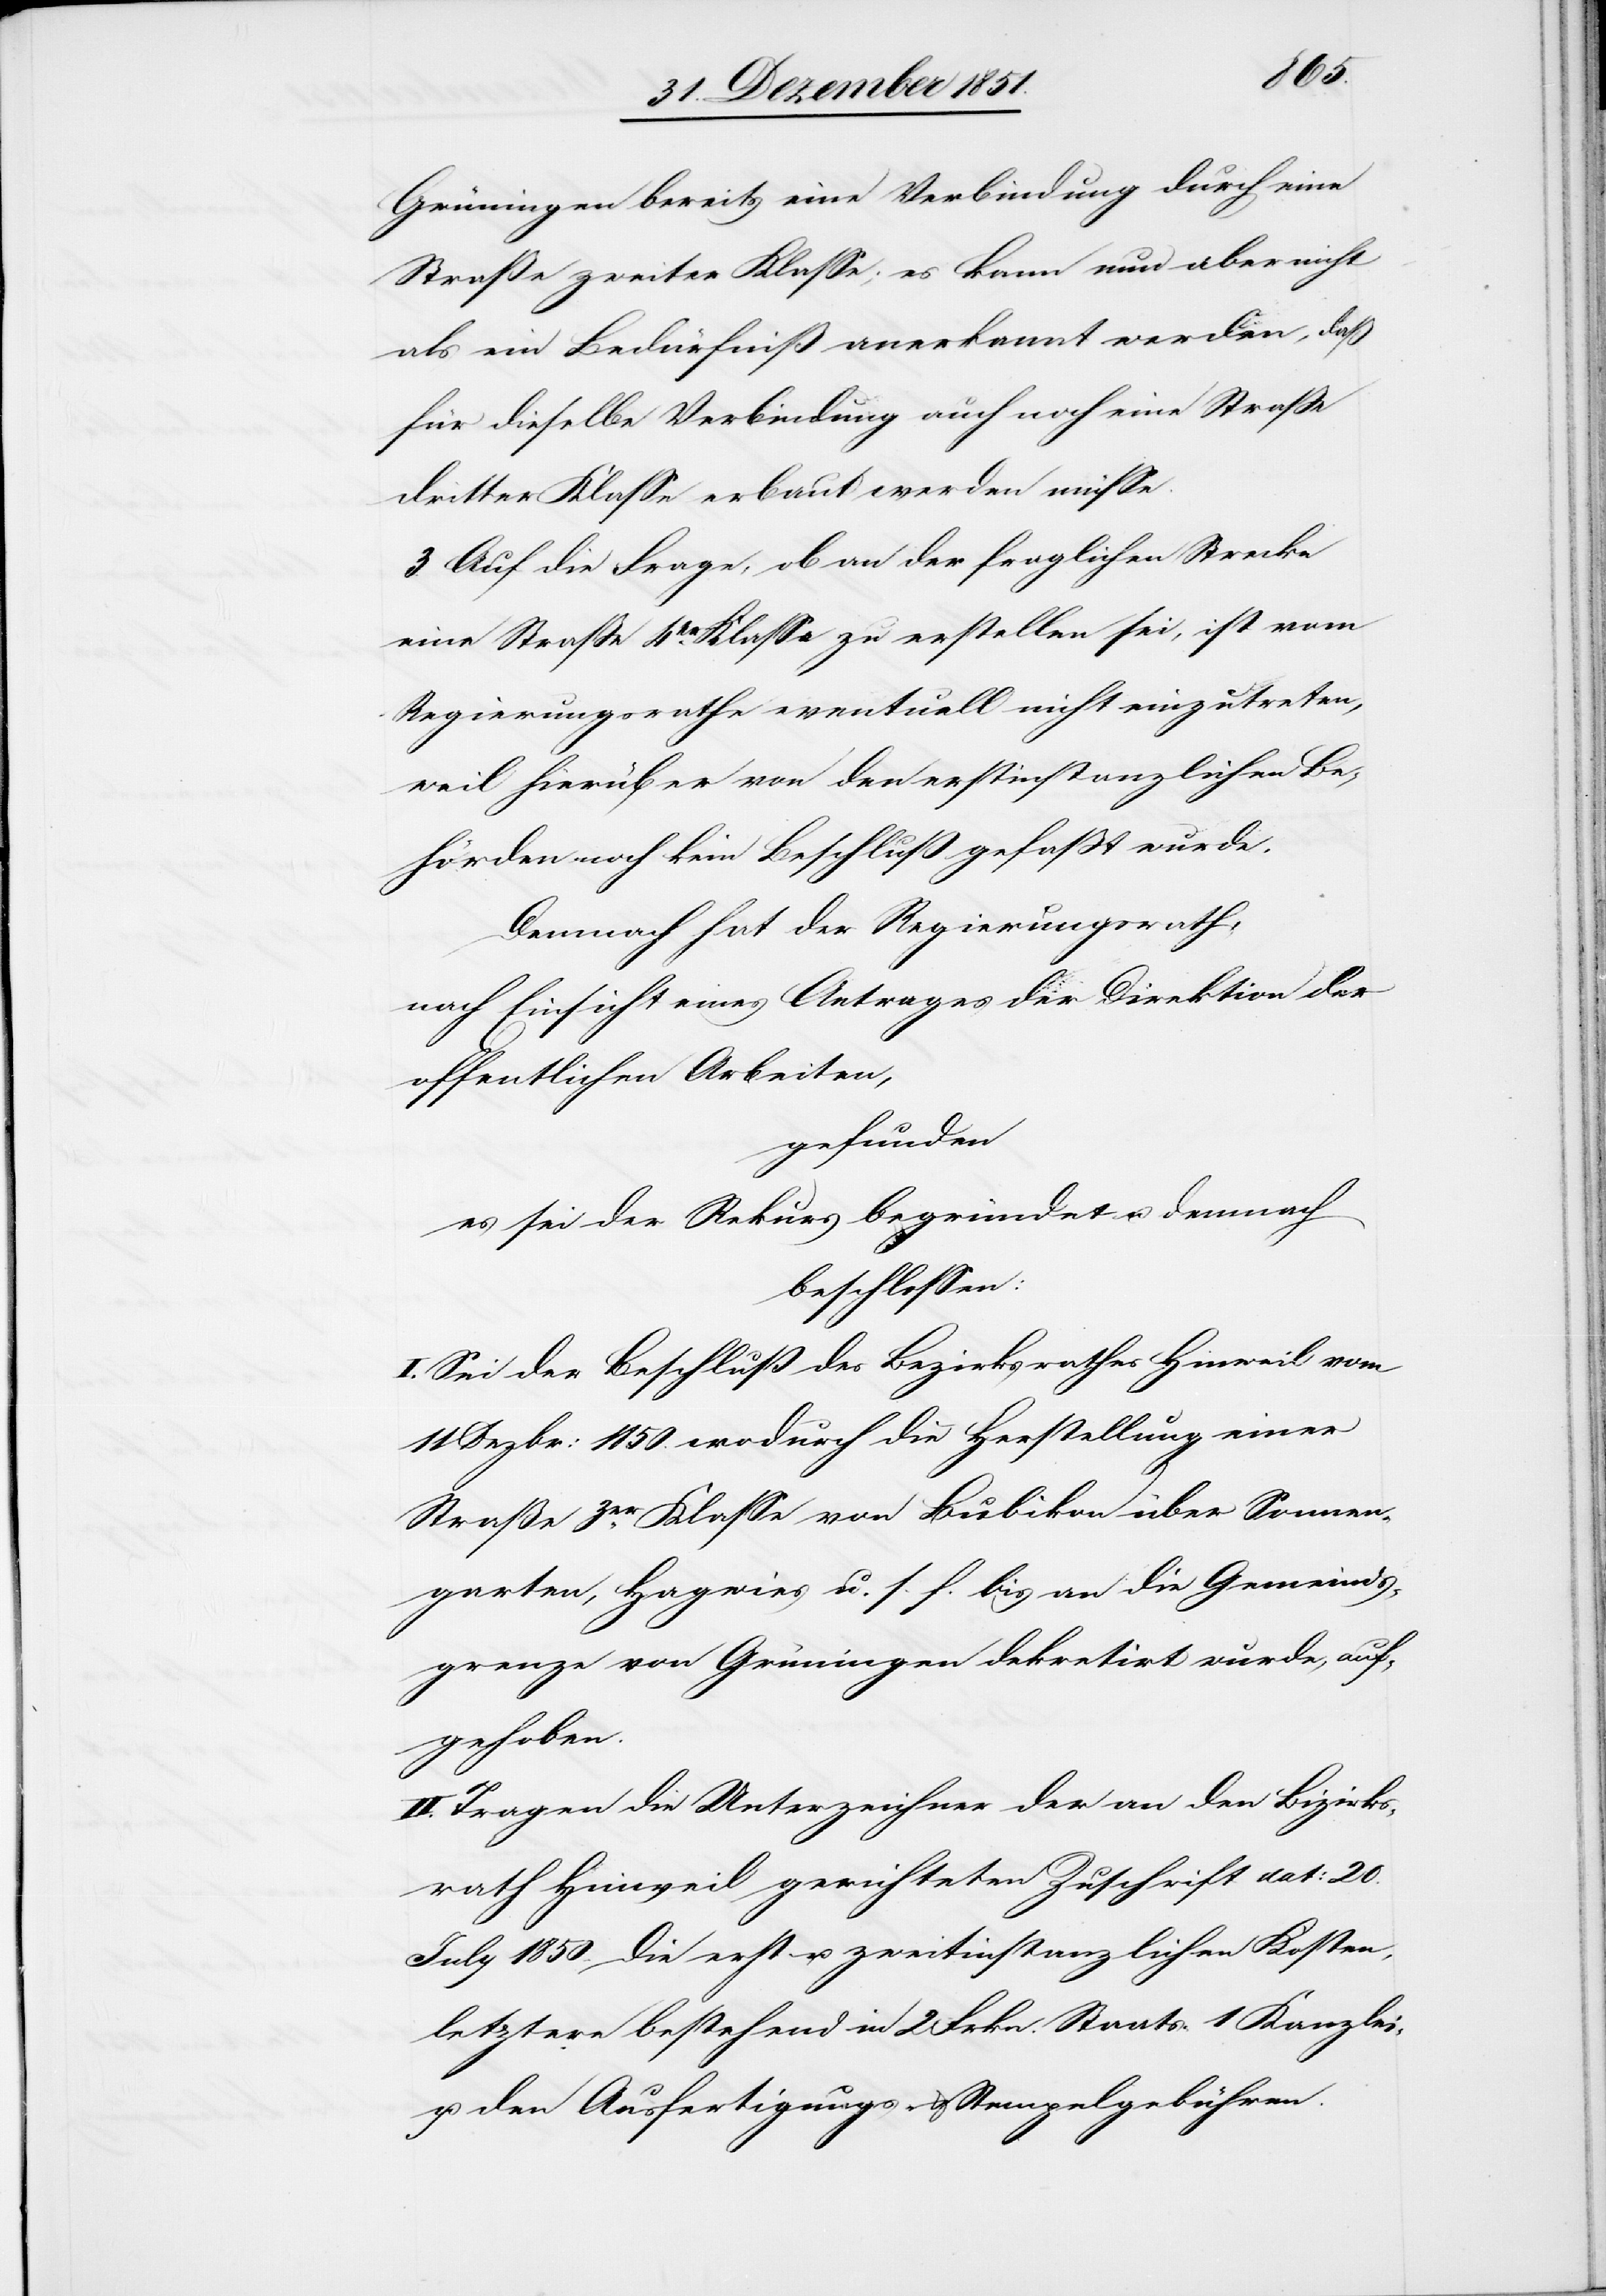
Grüningen bereits eine Verbindung durch eine
Straße zweiter Klasse; es kann nun aber nicht
als ein Bedürfniß anerkannt werden, daß
für dieselbe Verbindung auch noch eine Straße
dritter Klasse erbaut werden müsse.
3. Auf die Frage, ob an der fraglichen Strecke
eine Straße 4er. Klasse zu erstellen sei, ist vom
Regierungsrathe eventuell nicht einzutreten,
weil hierüber von den erstinstanzlichen Be¬
hörden noch kein Beschluß gefaßt wurde.
Demnach hat der Regierungsrath,
nach Einsicht eines Antrages der Direktion der
gefunden
es sei der Rekurs begründet u. demnach
beschlossen:
I. Sei der Beschluß des Bezirksrathes Hinweil vo¬
m11 Dezbr: 1850. wodurch die Herstellung einer
Straße 3er. Klasse von Bubikon über Sonnen¬
garten, Hagwies u. s. f. bis an die Gemeinds¬
grenze von Grüningen dekretirt wurde, auf¬
gehoben.
II. Tragen die Unterzeichner der an den Bizirks¬
rath [sic!] Hinweil gerichteten Zuschrift dat: 20.
July 1850. die erst- u. zweitinstanzlichen Kosten,
letztere bestehend in 2 Frkn. Staats-[,] 1 [Frkn.] Kanzlei-
und den Ausfertigungs- & Stempelgebühren.